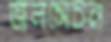
জলসেচন